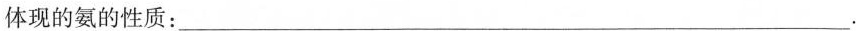
体现的氨的性质:___.